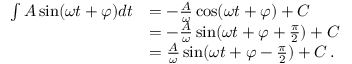
{ \begin{array} { r l } { \int A \sin ( \omega t + \varphi ) d t } & { = - { \frac { A } { \omega } } \cos ( \omega t + \varphi ) + C } \\ & { = - { \frac { A } { \omega } } \sin ( \omega t + \varphi + { \frac { \pi } { 2 } } ) + C } \\ & { = { \frac { A } { \omega } } \sin ( \omega t + \varphi - { \frac { \pi } { 2 } } ) + C \, . } \end{array} }